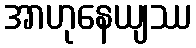
အာဟုနေယျဿ